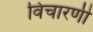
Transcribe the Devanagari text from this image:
विचारणी